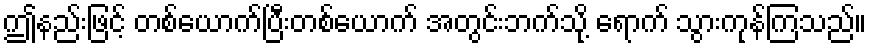
ဤနည်းဖြင့် တစ်ယောက်ပြီးတစ်ယောက် အတွင်းဘက်သို့ ရောက် သွားကုန်ကြသည်။